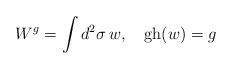
LaTeX: \begin{align*}W^g=\int d^2\sigma\, w,\quad \mbox{gh}(w)=g\end{align*}